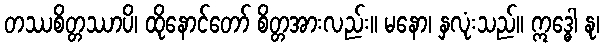
တဿစိတ္တဿာပိ၊ ထိုနောင်တော် စိတ္တအားလည်း။ မနော၊ နှလုံးသည်။ ဣဒ္ဓေါ နု၊